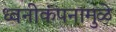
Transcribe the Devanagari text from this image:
ध्वनीकंपनामुळे